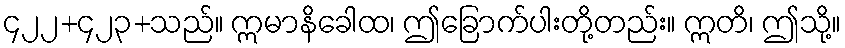
၄၂၂+၄၂၃+သည်။ ဣမာနိခေါထ၊ ဤခြောက်ပါးတို့တည်း။ ဣတိ၊ ဤသို့။